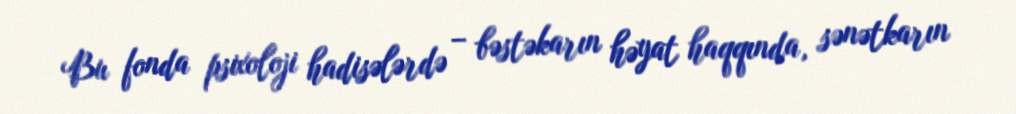
Bu fonda psixoloji hadisələrdə – bəstəkarın həyat haqqında, sənətkarın